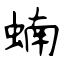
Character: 蝻